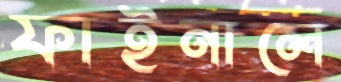
ফাইনালে